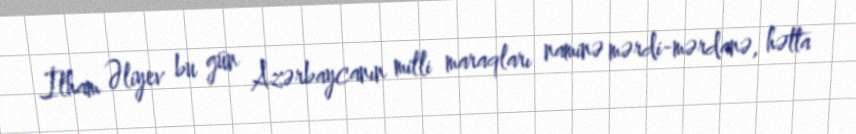
İlham Əliyev bu gün Azərbaycanın milli maraqları naminə mərdi-mərdanə, hətta